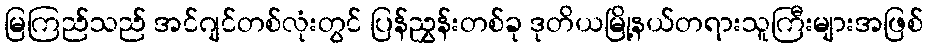
မြကြည်သည် အင်ဂျင်တစ်လုံးတွင် ပြန်ညွှန်းတစ်ခု ဒုတိယမြို့နယ်တရားသူကြီးများအဖြစ်